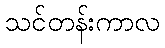
သင်တန်းကာလ